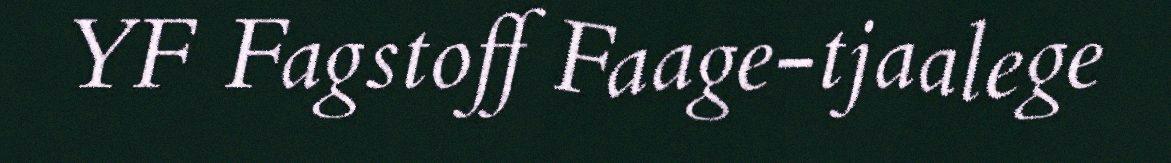
YF Fagstoff Faage-tjaalege